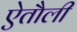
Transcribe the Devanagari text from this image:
ऐतौली